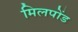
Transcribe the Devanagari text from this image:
मिलपोंड